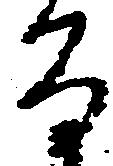
な